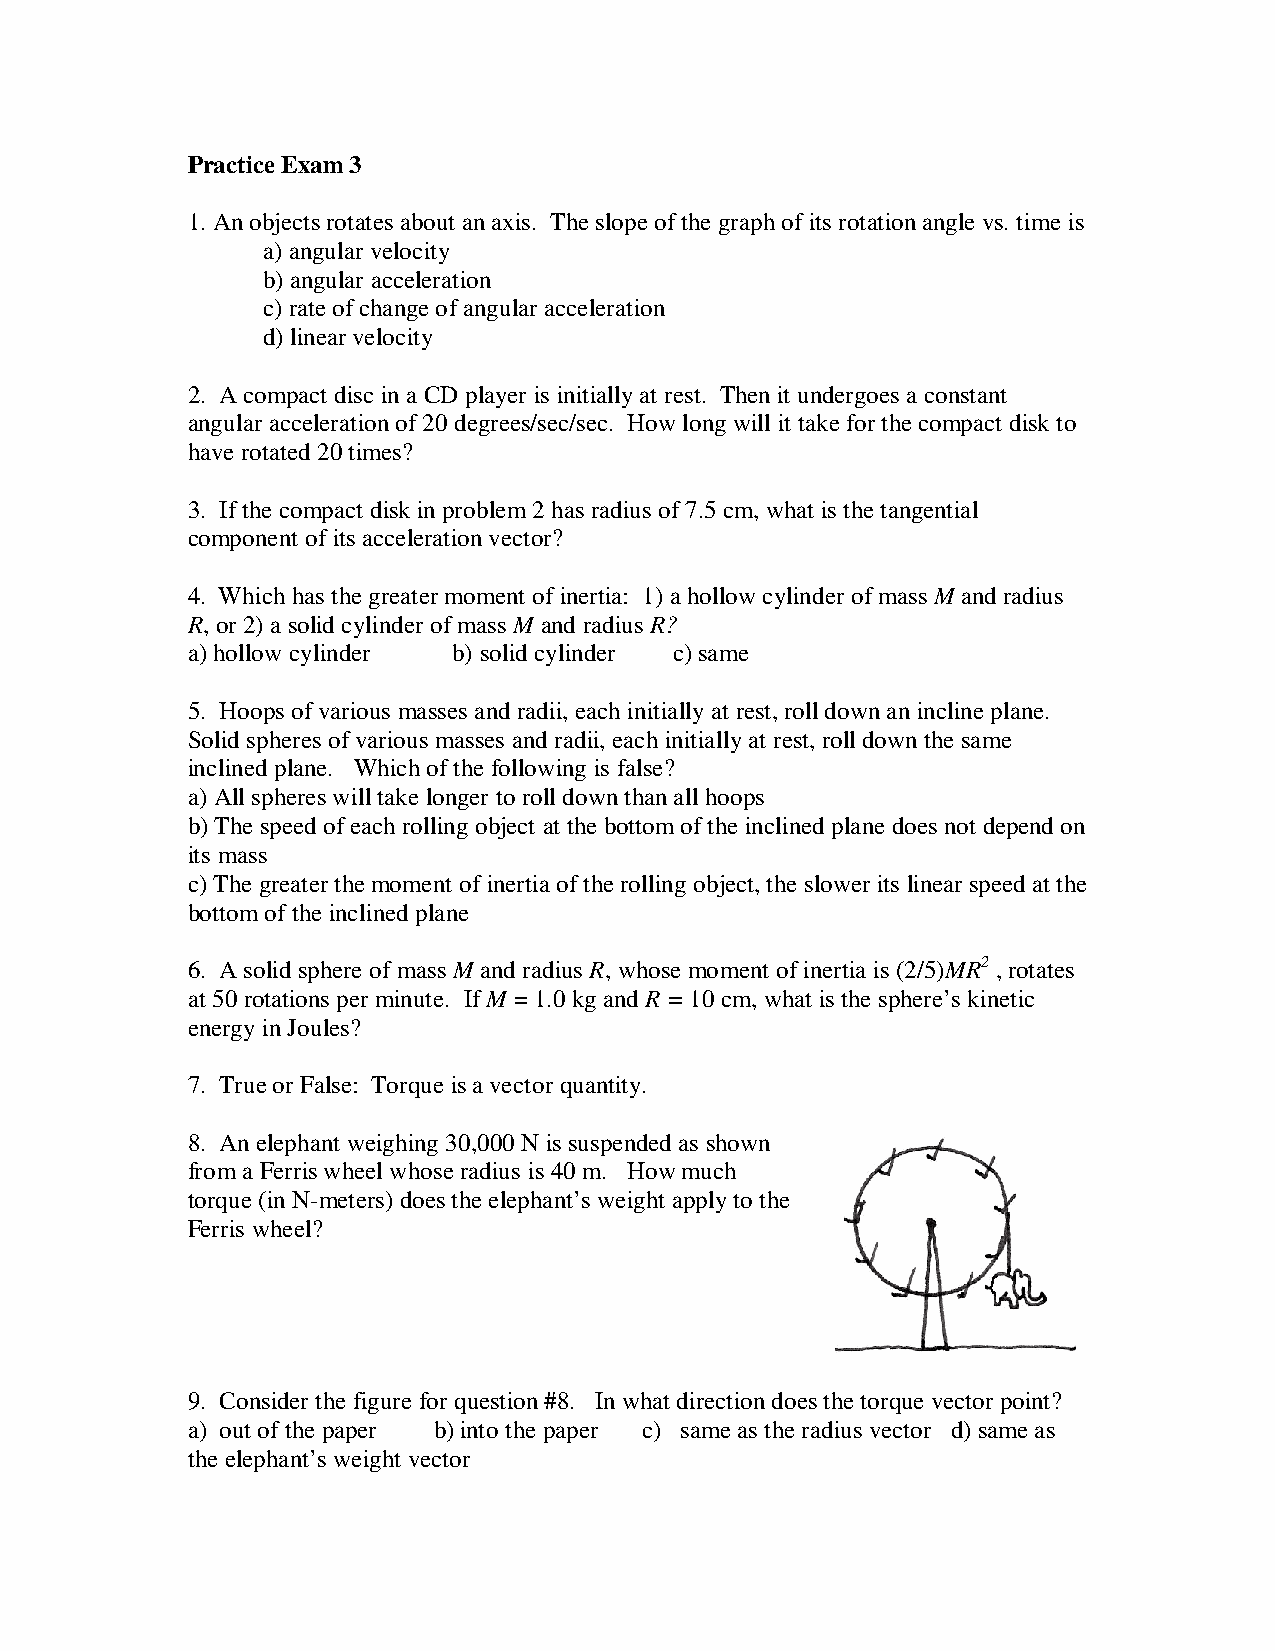
Practice Exam 3
 1. An objects rotates about an axis. The slope of the graph of its rotation angle vs. time is
 a) angular velocity
 b) angular acceleration
 c) rate of change of angular acceleration
 d) linear velocity
 2. A compact disc in a CD player is initially at rest. Then it undergoes a constant
 angular acceleration of 20 degrees/sec/sec. How long will it take for the compact disk to
 have rotated 20 times?
 3. If the compact disk in problem 2 has radius of 7.5 cm, what is the tangential
 component of its acceleration vector?
 4. Which has the greater moment of inertia: 1) a hollow cylinder of mass M and radius
 R, or 2) a solid cylinder of mass M and radius R?
 a) hollow cylinder b) solid cylinder c) same
 5. Hoops of various masses and radii, each initially at rest, roll down an incline plane.
 Solid spheres of various masses and radii, each initially at rest, roll down the same
 inclined plane. Which of the following is false?
 a) All spheres will take longer to roll down than all hoops
 b) The speed of each rolling object at the bottom of the inclined plane does not depend on
 its mass
 c) The greater the moment of inertia of the rolling object, the slower its linear speed at the
 bottom of the inclined plane
 6. A solid sphere of mass M and radius R, whose moment of inertia is (2/5)MR2 , rotates
 at 50 rotations per minute. If M = 1.0 kg and R = 10 cm, what is the sphere’s kinetic
 energy in Joules?
 7. True or False: Torque is a vector quantity.
 8. An elephant weighing 30,000 N is suspended as shown
 from a Ferris wheel whose radius is 40 m. How much
 torque (in N-meters) does the elephant’s weight apply to the
 Ferris wheel?
 9. Consider the figure for question #8. In what direction does the torque vector point?
 a) out of the paper b) into the paper c) same as the radius vector d) same as
 the elephant’s weight vector